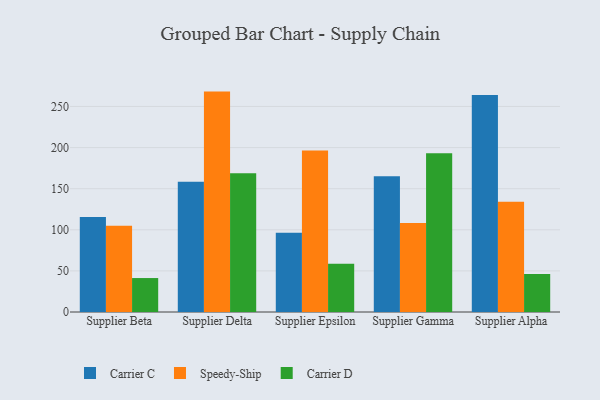
{"axis": {"x": "Supplier", "y": "Energy Usage (MWh)"}, "legend": ["Carrier C", "Carrier D", "Speedy-Ship"], "data": [{"x": "Supplier Beta", "y": 115.7, "type": "Carrier C"}, {"x": "Supplier Beta", "y": 104.8, "type": "Speedy-Ship"}, {"x": "Supplier Beta", "y": 41.3, "type": "Carrier D"}, {"x": "Supplier Delta", "y": 158.4, "type": "Carrier C"}, {"x": "Supplier Delta", "y": 268.1, "type": "Speedy-Ship"}, {"x": "Supplier Delta", "y": 168.7, "type": "Carrier D"}, {"x": "Supplier Epsilon", "y": 96.4, "type": "Carrier C"}, {"x": "Supplier Epsilon", "y": 196.4, "type": "Speedy-Ship"}, {"x": "Supplier Epsilon", "y": 58.8, "type": "Carrier D"}, {"x": "Supplier Gamma", "y": 165.1, "type": "Carrier C"}, {"x": "Supplier Gamma", "y": 108.2, "type": "Speedy-Ship"}, {"x": "Supplier Gamma", "y": 193.2, "type": "Carrier D"}, {"x": "Supplier Alpha", "y": 264.0, "type": "Carrier C"}, {"x": "Supplier Alpha", "y": 134.0, "type": "Speedy-Ship"}, {"x": "Supplier Alpha", "y": 46.1, "type": "Carrier D"}]}